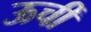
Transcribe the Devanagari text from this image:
ऊचीं